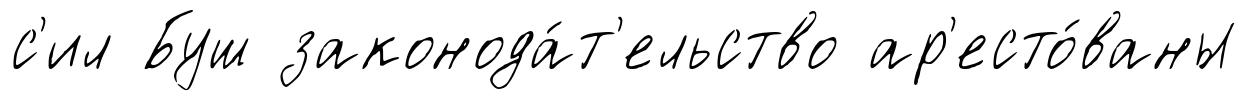
с'ил Буш законода́т'ельство ар'есто́ваны